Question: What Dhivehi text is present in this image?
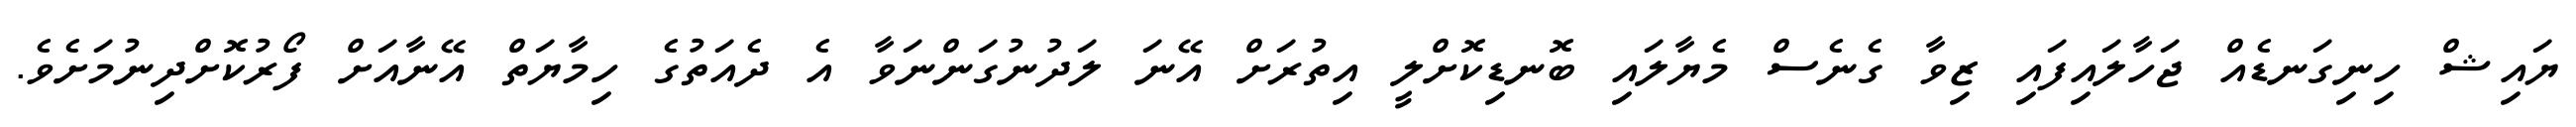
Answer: ޔައިޝް ހިނިގަނޑެއް ޖަހާލައިފައި ޒިވާ ގެނެސް މެޔާލައި ބޮނޑިކޮށްލީ އިތުރަށް އޭނަ ލަދުނުގަންނަވާ އެ ދެއަތުގެ ހިމާޔަތް އޭނާއަށް ފޯރުކޮށްދިނުމަށެވެ.